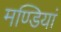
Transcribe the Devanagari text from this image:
मण्डियां